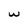
Character: w